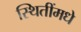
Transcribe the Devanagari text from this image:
स्थितींमधे